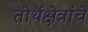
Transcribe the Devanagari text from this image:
तीर्थक्षेत्रांचे